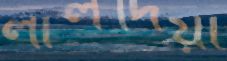
লালদিয়া